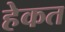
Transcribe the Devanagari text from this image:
हेकत